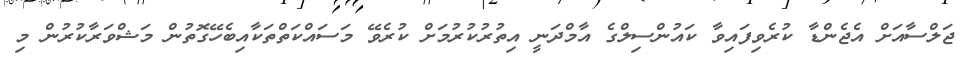
ޖަލްސާއަށް އެޖެންޑާ ކުރެވިފައިވާ ކައުންސިލްގެ އާމްދަނީ އިތުރުކުރުމަށް ކުރެވޭ މަސައްކަތްތަކާއިބެހޭގޮތުން މަޝްވަރާކުރުން މި